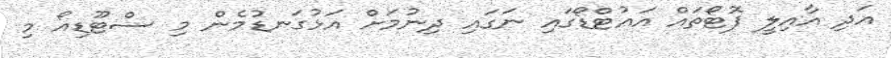
އަދި އާއިލީ ފޮޓޯތައް އައުޓްޑޯގައި ނަގައި ދިނުމަށް އަޅުގަނޑުމެން މި ސްޓޫޑިއޯ މި